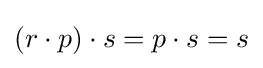
(r\cdot p)\cdot s=p\cdot s=s